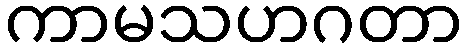
ကာမသဟဂတာ